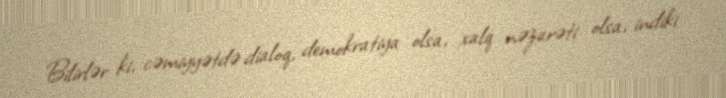
Bilirlər ki, cəmiyyətdə dialoq, demokratiya olsa, xalq nəzarəti olsa, indiki